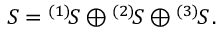
{ \cal S } = { } ^ { ( 1 ) } \! { \cal S } \oplus { } ^ { ( 2 ) } \! { \cal S } \oplus { } ^ { ( 3 ) } \! { \cal S } \, .